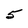
Character: 5